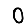
Digit: 0